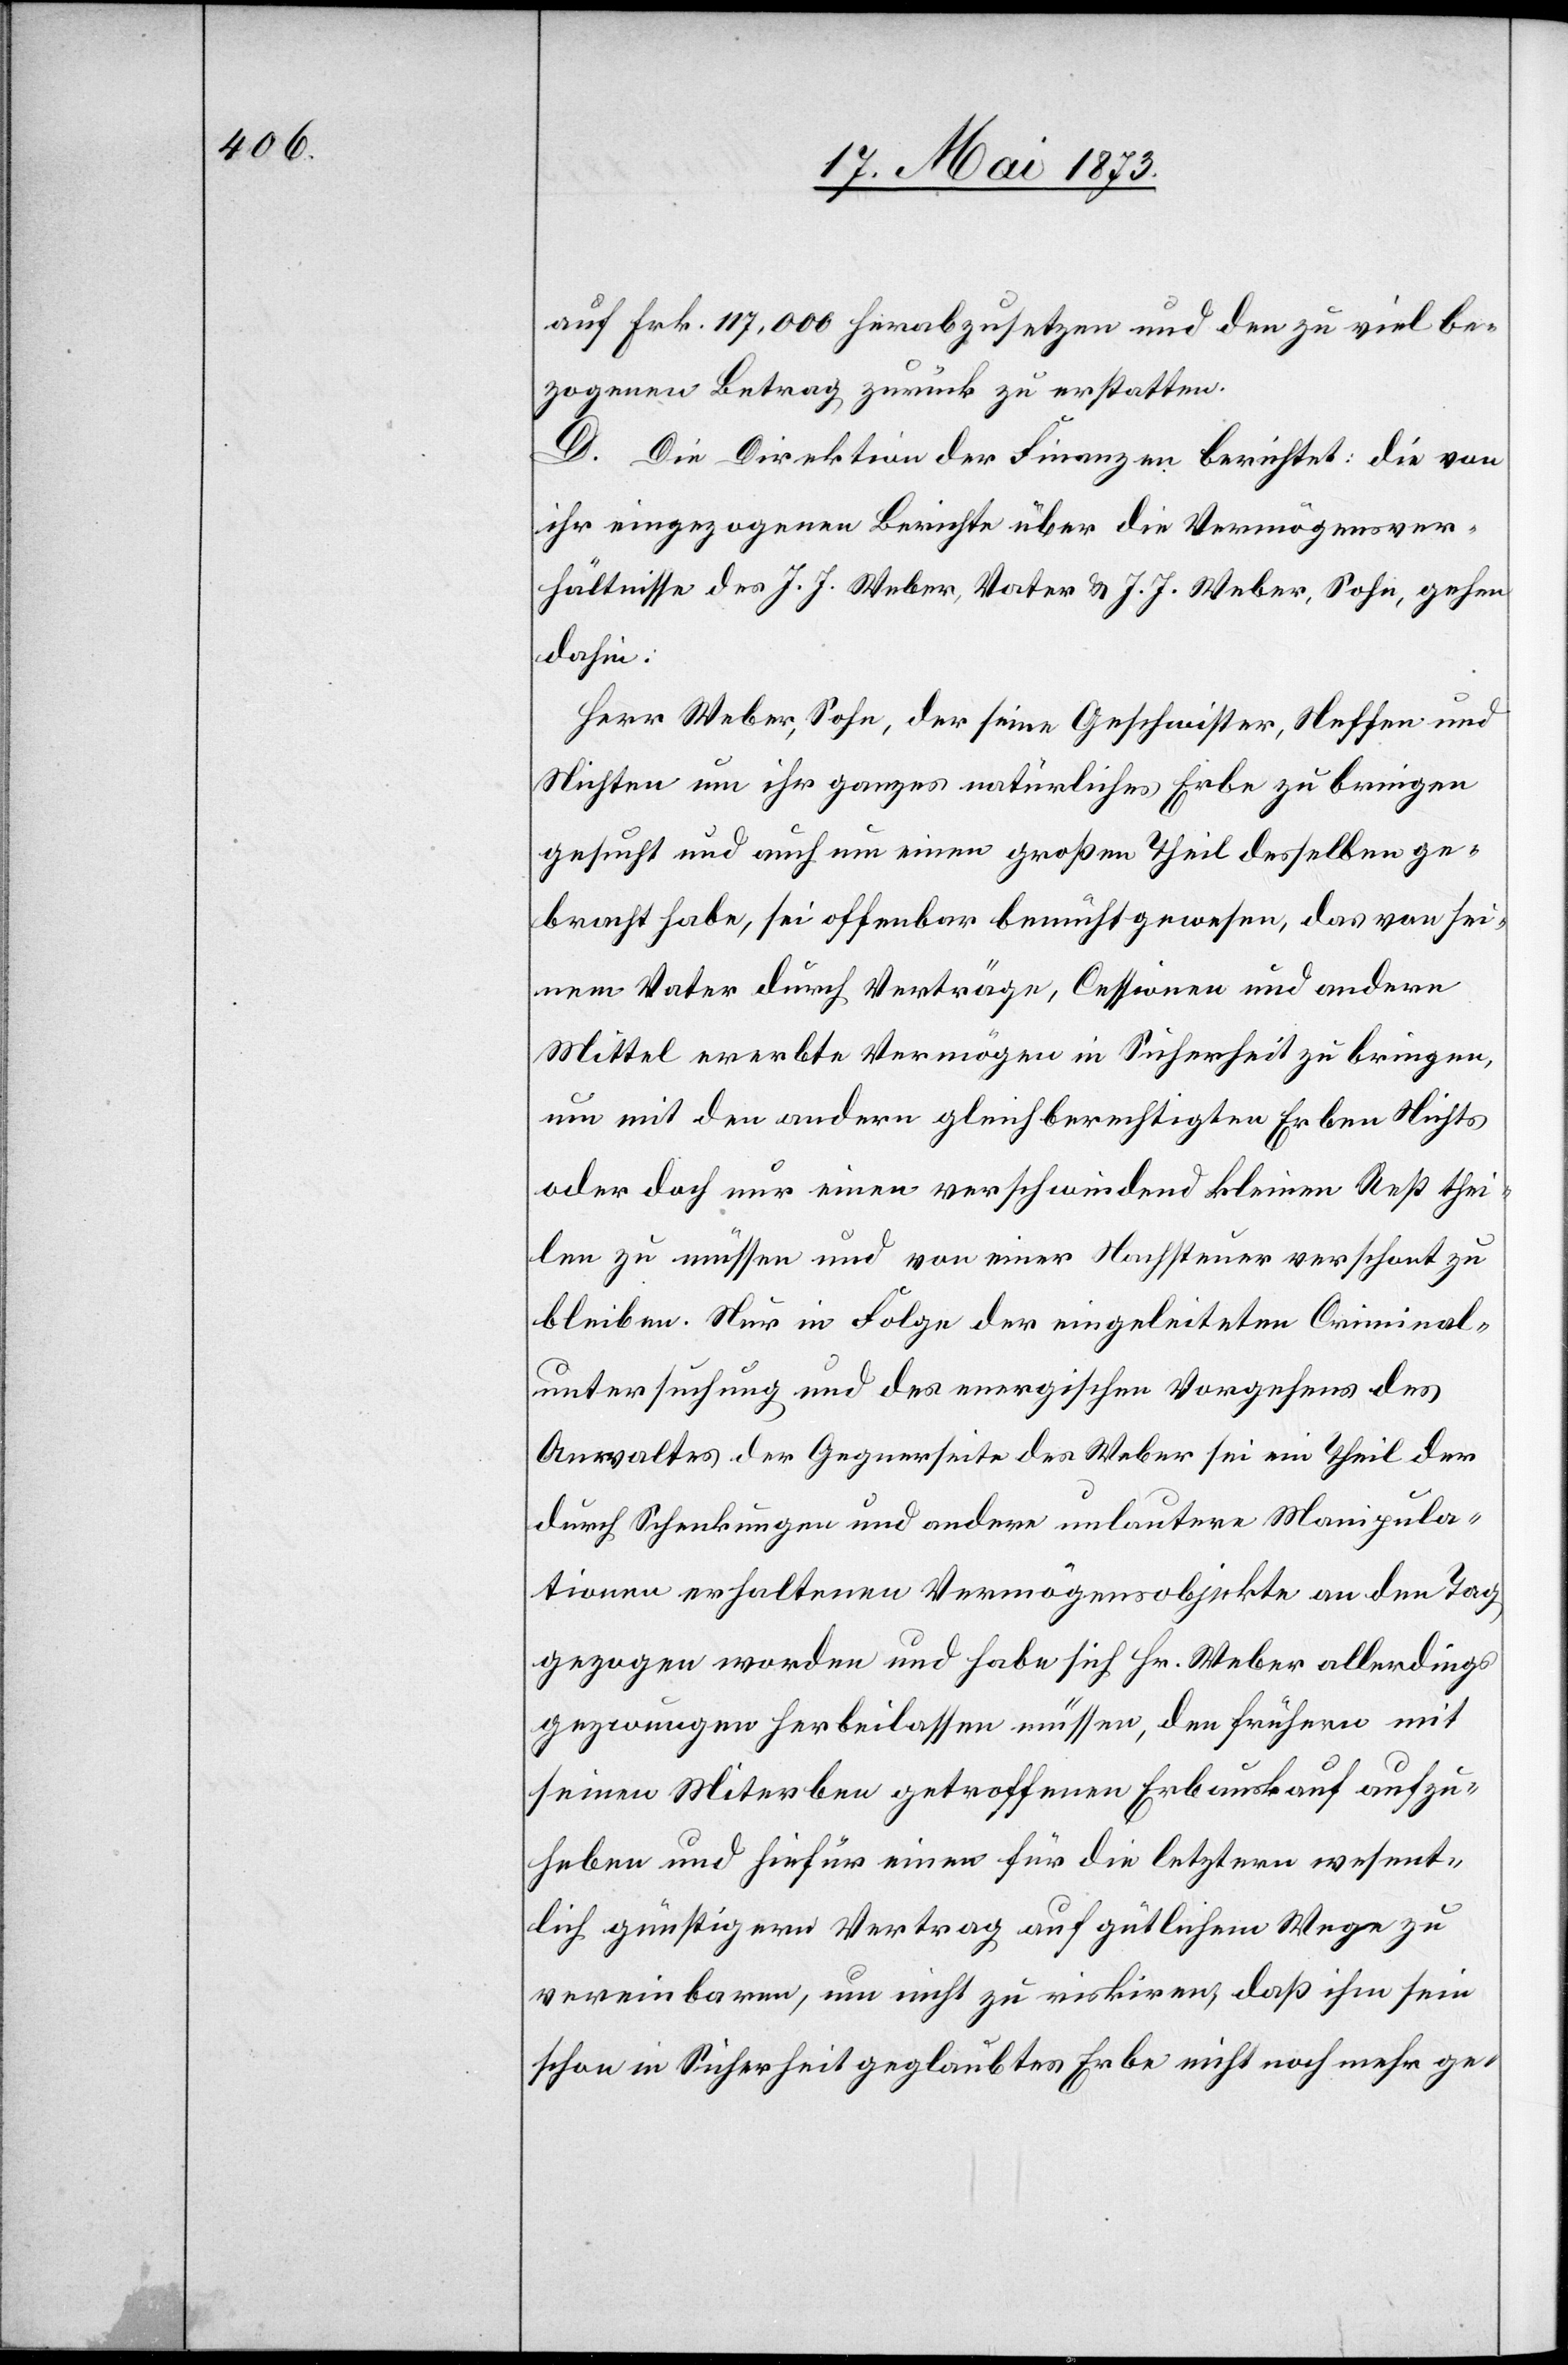
auf Frk. 117,000 herabzusetzen und den zu viel be¬
zogenen Betrag zurück zu erstatten.
D. Die Direktion der Finanzen berichtet: die von
ihr eingezogenen Berichte über die Vermögensver¬
hältnisse des J. J. Weber, Vater & J. J. Weber, Sohn, gehen
dahin:
Herr Weber, Sohn, der seine Geschwister, Neffen und
Nichten um ihr ganzes natürliches Erbe zu bringen
gesucht und auch um einen großen Theil desselben ge¬
bracht habe, sei offenbar bemüht gewesen, das von sei¬
nem Vater durch Verträge, Cessionen und andere
Mittel ererbte Vermögen in Sicherheit zu bringen,
um mit den andern gleichberechtigten Erben Nichts
oder doch nur einen verschwindend kleinen Rest thei¬
len zu müssen und von einer Nachsteuer verschont zu
bleiben. Nur in Folge der eingeleiteten Criminal¬
untersuchung und des energischen Vorgehens des
Anwaltes der Gegenseite des Weber sei ein Theil der
durch Schenkungen und andere unlautere Manipula¬
tionen erhaltenen Vermögensobjekte an den Tag
gezogen worden und habe sich Hr. Weber allerdings
gezwungen herbeilassen müssen, den frühern mit
seinen Miterben getroffenen Erbauskauf aufzu¬
heben und hiefür einen für die letztern wesent¬
lich günstigern Vertrag auf gütlichem Wege zu
vereinbaren, um nicht zu riskiren, daß ihm sein
schon in Sicherheit geglaubtes Erbe nicht noch mehr ge-